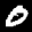
Label: 0